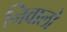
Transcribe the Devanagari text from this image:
निवालो